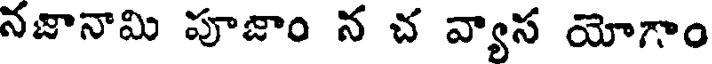
నజానామి పూజాం న చ వ్యాస యోగాం